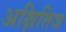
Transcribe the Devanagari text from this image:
अक्षितिज